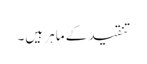
تنقید کے ماہر ہیں۔